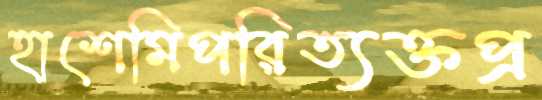
হাশেমিপরিত্যক্তপ্র